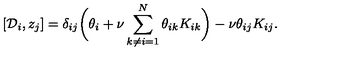
\left[ { \cal D } _ { i } , z _ { j } \right] = \delta _ { i j } \biggl ( \theta _ { i } + \nu \sum _ { k \ne i = 1 } ^ { N } \theta _ { i k } K _ { i k } \biggr ) - \nu \theta _ { i j } K _ { i j } .